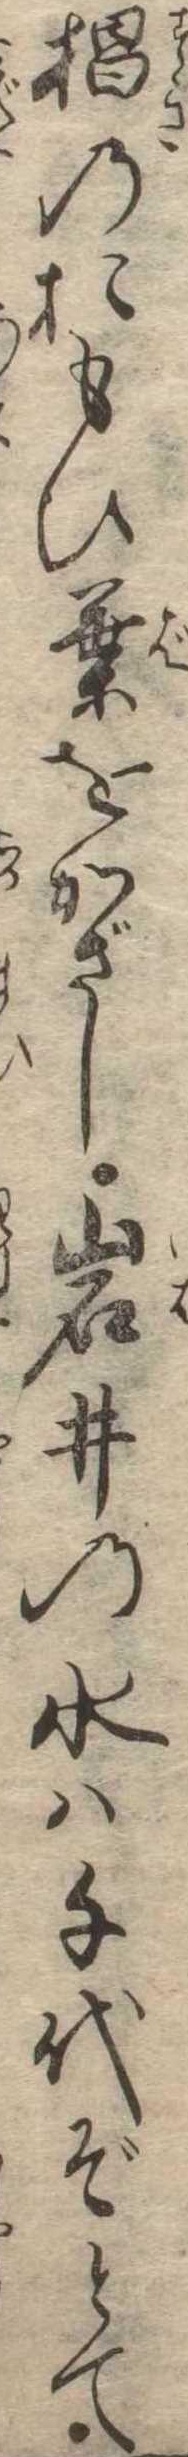
杉のおもひ葉をかざし岩井の水は千代ぞとて